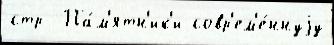
стр  Па́м'ятн'ик'и совр'ем'е́ннуjу